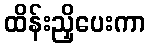
ထိန်းညှိပေးကာ